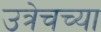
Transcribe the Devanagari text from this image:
उत्रेचच्या